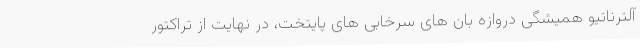
آلترناتیو همیشگی دروازه بان های سرخابی های پایتخت، در نهایت از تراکتور